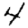
Digit: 4